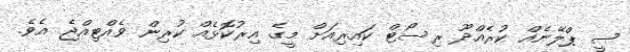
ސީ ޕްލޭނެއް ކުރެއްދޫ ރިސޯޓް ކައިރިއަށް މީގެ އިރުކޮޅެއް ކުރިން ވެއްޓިއްޖެ އެވެ.